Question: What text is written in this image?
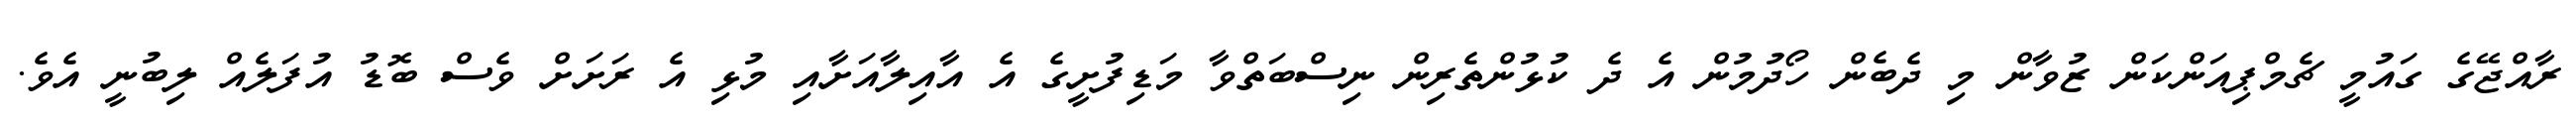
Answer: ރާއްޖޭގެ ގައުމީ ޗެމްޕިއަންކަން ޒުވާން މި ދެބެން ހޯދުމުން އެ ދެ ކުޅުންތެރިން ނިސްބަތްވާ މަޑިފުށީގެ އެ އާއިލާއަށާއި މުޅި އެ ރަށަށް ވެސް ބޮޑު އުފަލެއް ލިބުނީ އެވެ.